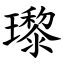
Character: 瓈